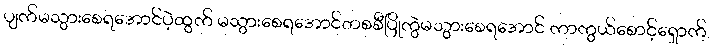
ပျက်မသွားစေရအောင်ပဲ့ထွက် မသွားစေရအောင်တစစီပြိုကွဲမသွားစေရအောင် ကာကွယ်စောင့်ရှောက်